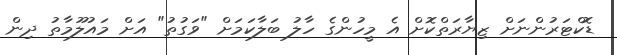
ޑޮކްޓަރުންނަށް ޒިޔާރަތްކޮށް އެ މީހުންގެ ހާލު ބަލާކަމަށް "ވަގުތު" އަށް މައުލޫމާތު ދިން